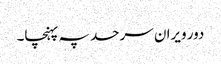
دور ویران سرحد پہ پہنچا۔